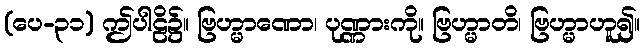
(ပေ-၃၁) ဤပါဠိ၌။ ဗြဟ္မာဏော၊ ပုဏ္ဏားကို။ ဗြဟ္မာတိ၊ ဗြဟ္မာဟူ၍။